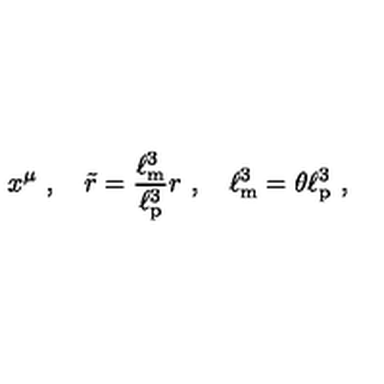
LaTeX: x ^ { \mu } \ , \quad \tilde { r } = \frac { \ell _ { \mathrm { m } } ^ { 3 } } { \ell _ { \mathrm { p } } ^ { 3 } } r \ , \quad \ell _ { \mathrm { m } } ^ { 3 } = \theta \ell _ { \mathrm { p } } ^ { 3 } \ ,